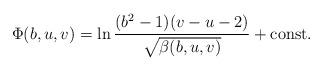
LaTeX: \begin{align*}\Phi(b,u,v)=\ln\frac{(b^2-1)(v-u-2)}{\sqrt{\beta(b,u,v)}}+\mbox{const.}\end{align*}